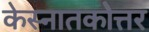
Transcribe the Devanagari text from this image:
केस्नातकोत्तर